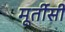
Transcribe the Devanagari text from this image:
मूर्तीसी